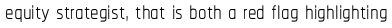
equity strategist, that is both a red flag highlighting